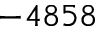
- 4 8 5 8